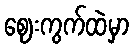
ဈေးကွက်ထဲမှာ